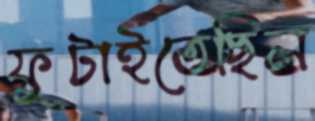
ফুটাইতেছিল